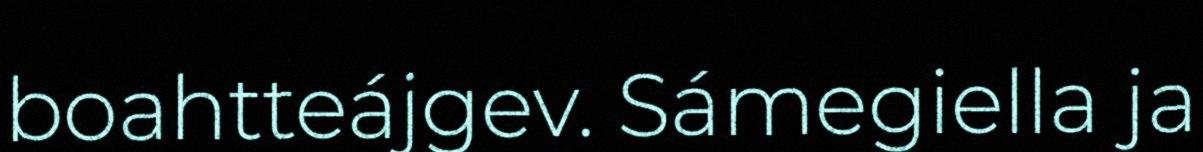
boahtteájgev. Sámegiella ja